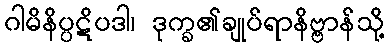
ဂါမိနိပ္ပဋိပဒါ၊ ဒုက္ခ၏ချုပ်ရာနိဗ္ဗာန်သို့